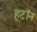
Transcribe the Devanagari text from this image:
हूटॉन